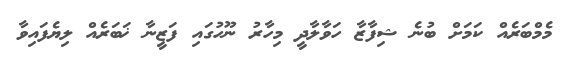
މެމްބަރެއް ކަމަށް ބުނެ ޝިފާޒާ ހަވާލާދީ މިހާރު ނޫހުގައި ފަޒީނާ ޚަބަރެއް ލިޔެފައިވާ